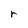
Character: r